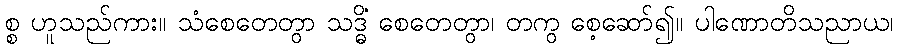
စ္စ ဟူသည်ကား။ သံစေတေတွာ သဒ္ဓိံ စေတေတွာ၊ တကွ စေ့ဆော်၍။ ပါဏောတိသညာယ၊